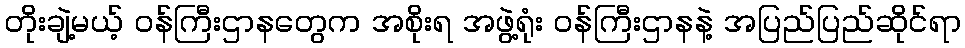
တိုးချဲ့မယ့် ဝန်ကြီးဌာနတွေက အစိုးရ အဖွဲ့ရုံး ဝန်ကြီးဌာနနဲ့ အပြည်ပြည်ဆိုင်ရာ